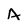
Character: A